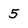
Character: 5